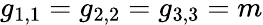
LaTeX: g_{1,1}=g_{2,2}=g_{3,3}=m